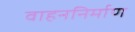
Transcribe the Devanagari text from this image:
वाहननिर्माण